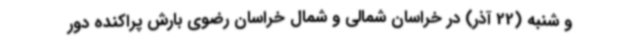
و شنبه (22 آذر) در خراسان شمالی و شمال خراسان رضوی بارش پراکنده دور